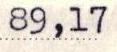
89,17